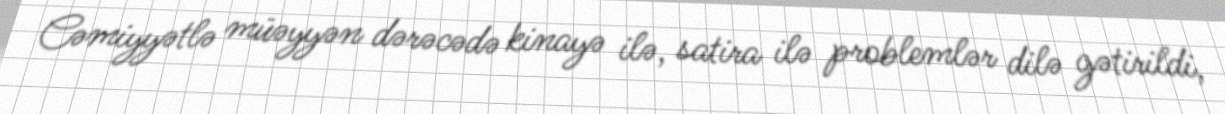
Cəmiyyətlə müəyyən dərəcədə kinayə ilə, satira ilə problemlər dilə gətirildi,